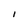
Character: I